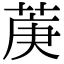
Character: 菮